system: You are a helpful assistant.
user:
Analyze the provided spectrum to determine if it is a **"Cataclysmic Variables (CV)"**.

- **Key Indicators for CV (Check for either state):**
    - **State 1: Quiescent / Low-State (Emission-Dominated)**
        - **(Primary):** Strong and *very broad* Hydrogen Balmer emission lines (e.g., $H\alpha$ at 6563 Å, $H\beta$ at 4861 Å). The 'broadness' (high velocity dispersion, often FWHM > 1000 km/s) is the key diagnostic, indicating a high-velocity accretion disk.
        - **(Secondary):** Broad neutral Helium (He I) emission lines (e.g., 5876 Å, 6678 Å).
        - **(Key Confirmation):** Presence of high-excitation *ionized* Helium (He II) emission at 4686 Å. This is a strong indicator of accretion onto a white dwarf.
        - **(Line Profile):** Emission lines may exhibit a 'double-peaked' profile, which is a classic signature of a rotating accretion disk viewed at high inclination.

    - **State 2: Outburst / High-State (Absorption-Dominated)**
        - **(Primary):** Spectrum is dominated by a bright, blue continuum (looks like a hot star).
        - **(Secondary):** The emission lines from State 1 are weak, absent, or 'filled in', and are replaced by broad, shallow *absorption* lines (primarily Balmer and He I).
        - **(Morphology):** The overall spectrum mimics a hot B/A-type star. The crucial difference is that the absorption lines are significantly broader, shallower, and more 'washed-out' (or 'smeared') than the sharp lines of a normal stellar photosphere, due to high rotational speeds and pressure broadening in the disk.

Think first, call **spectral_visualization_tool** if needed to examine features in detail, then provide your final answer. Your response must adhere to the following strict rules:
1.  **Overall Structure:** Your response must follow the format `<think>...</think> <tool_call>...</tool_call> (if a tool is used) <answer>...</answer>`.
2.  **Tool Usage Constraint:** You may only make **one** tool call per turn.
3.  **Final Answer Format:** In the `<answer>` tag, your conclusion must be inside a `\boxed{}` command (e.g., `\boxed{YES}`), followed by your justification.

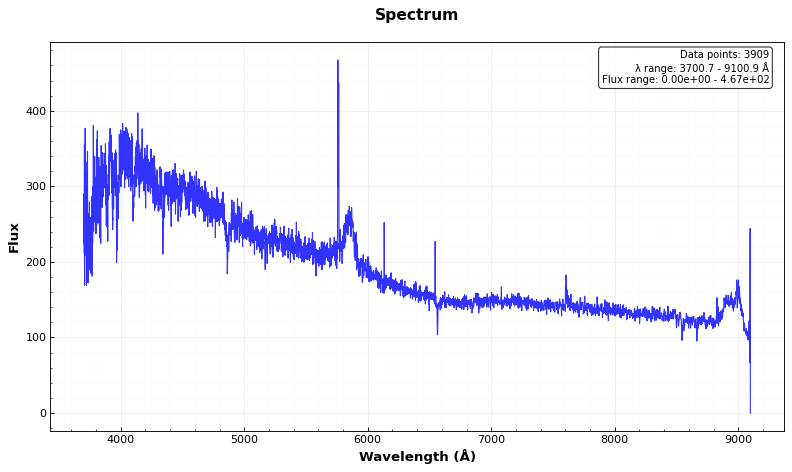
Answer: NO